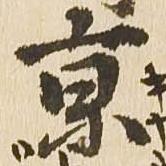
京